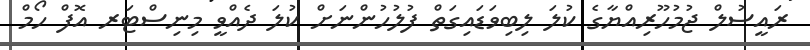
ރައީސުލް ޖުމުހޫރިއްޔާގެ ކުލަ ލިބިވަޑައިގަތް ފުލުހުންނަށް ކުލަ ދެއްވީ މިނިސްޓަރ އޮފް ހޯމް